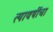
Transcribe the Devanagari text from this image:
त्यावर्षीचा